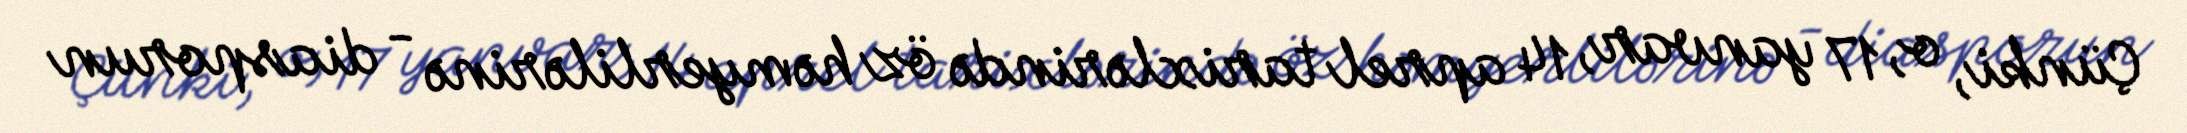
Çünki, o, 17 yanvar, 14 aprel tarixlərində öz həmyerlilərinə - diasporun